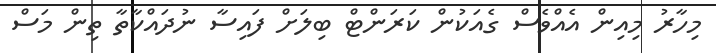
މިހާރު މިއިން އެއްވެސް ގެއަކުން ކަރަންޓް ބިލަށް ފައިސާ ނުދައްކާތާ ތިން މަސް